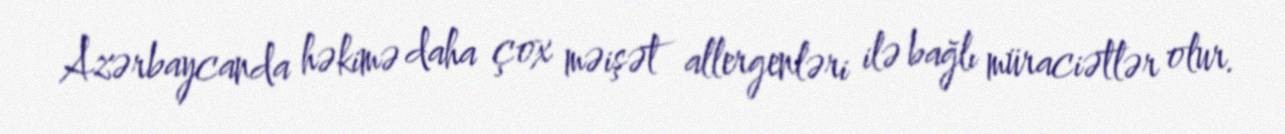
Azərbaycanda həkimə daha çox məişət allergenləri ilə bağlı müraciətlər olur.